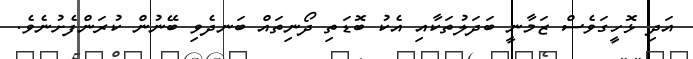
އަދި ޅޮހީގަވެސް ޒަމާނީ ބަދަލުތަކާއި އެކު ބޮޑަތި ދޯނިތައް ބަނދެވި ބޭނުން ކުރަންފެށުނެވެ.